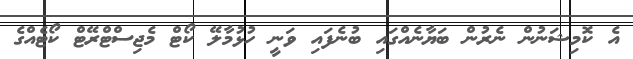
އެ ކޮމިޝަނުން ނެރުން ބަޔާނެއްގައި ބުނެފައި ވަނީ ހުޅުމާލޭ ކޯޓް މެޖިސްޓްރޭޓް ކޯޓެއްގެ